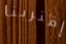
إقتربنا